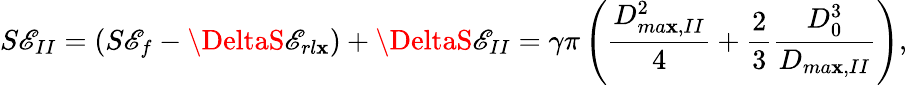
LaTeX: S\mathscr{E}_{II}=(S\mathscr{E}_{f}-\DeltaS\mathscr{E}_{rl\mathbf{x}})+\DeltaS\mathscr{E}_{II}=\gamma\pi\left(\frac{{D_{ma\mathbf{x},II}^{2}}}{{4}}+\frac{2}{3}\frac{{D_{0}^{3}}}{{D_{ma\mathbf{x},II}}}\right),